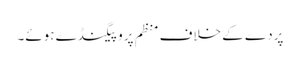
پردے کے خلاف منظم پروپیگنڈے ہوئے۔